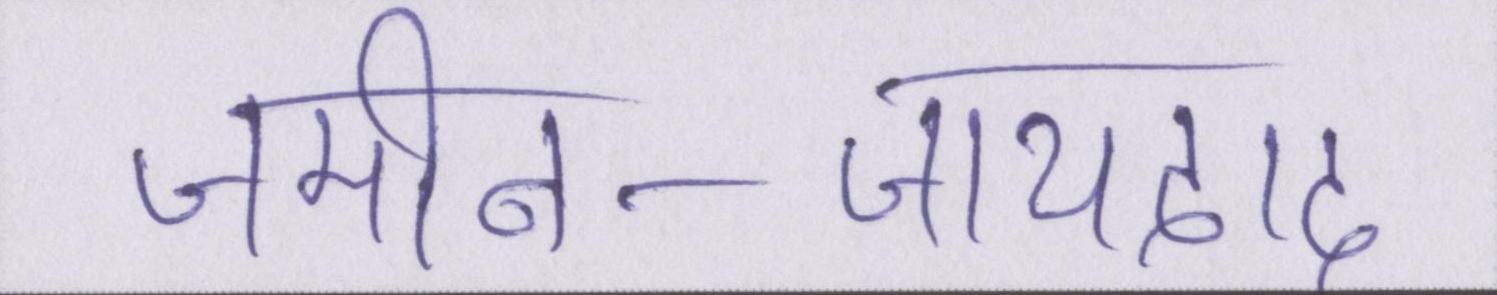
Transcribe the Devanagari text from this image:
जमीन-जायदाद